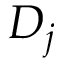
D _ { j }